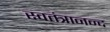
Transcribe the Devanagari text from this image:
स्वतंत्रानन्द